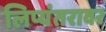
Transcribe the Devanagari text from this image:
लिप्यंतरावर